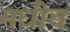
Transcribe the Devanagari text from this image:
मधीच